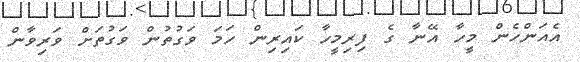
އެއަންހެން މީހާ އޭނާ ގެ ފިރިމީހާ ކައިރިން ހަމަ ވަގުތުން ވަގުތަށް ވަރިވާން